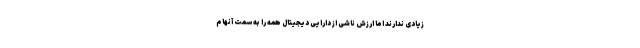
زیادی ندارند اما ارزش ناشی از دارایی دیجیتال همه را به سمت آنها م